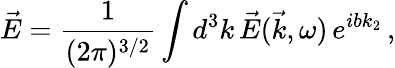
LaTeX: \vec{E}=\frac{1}{(2\pi)^{3/2}}\int d^{3}k\, \vec{E}(\vec{k},\omega)\, e^{ibk_{2}}\, ,